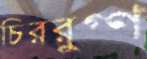
চিররুগ্‌ণ